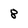
Character: 8